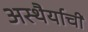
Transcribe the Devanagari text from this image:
अस्थैर्याची